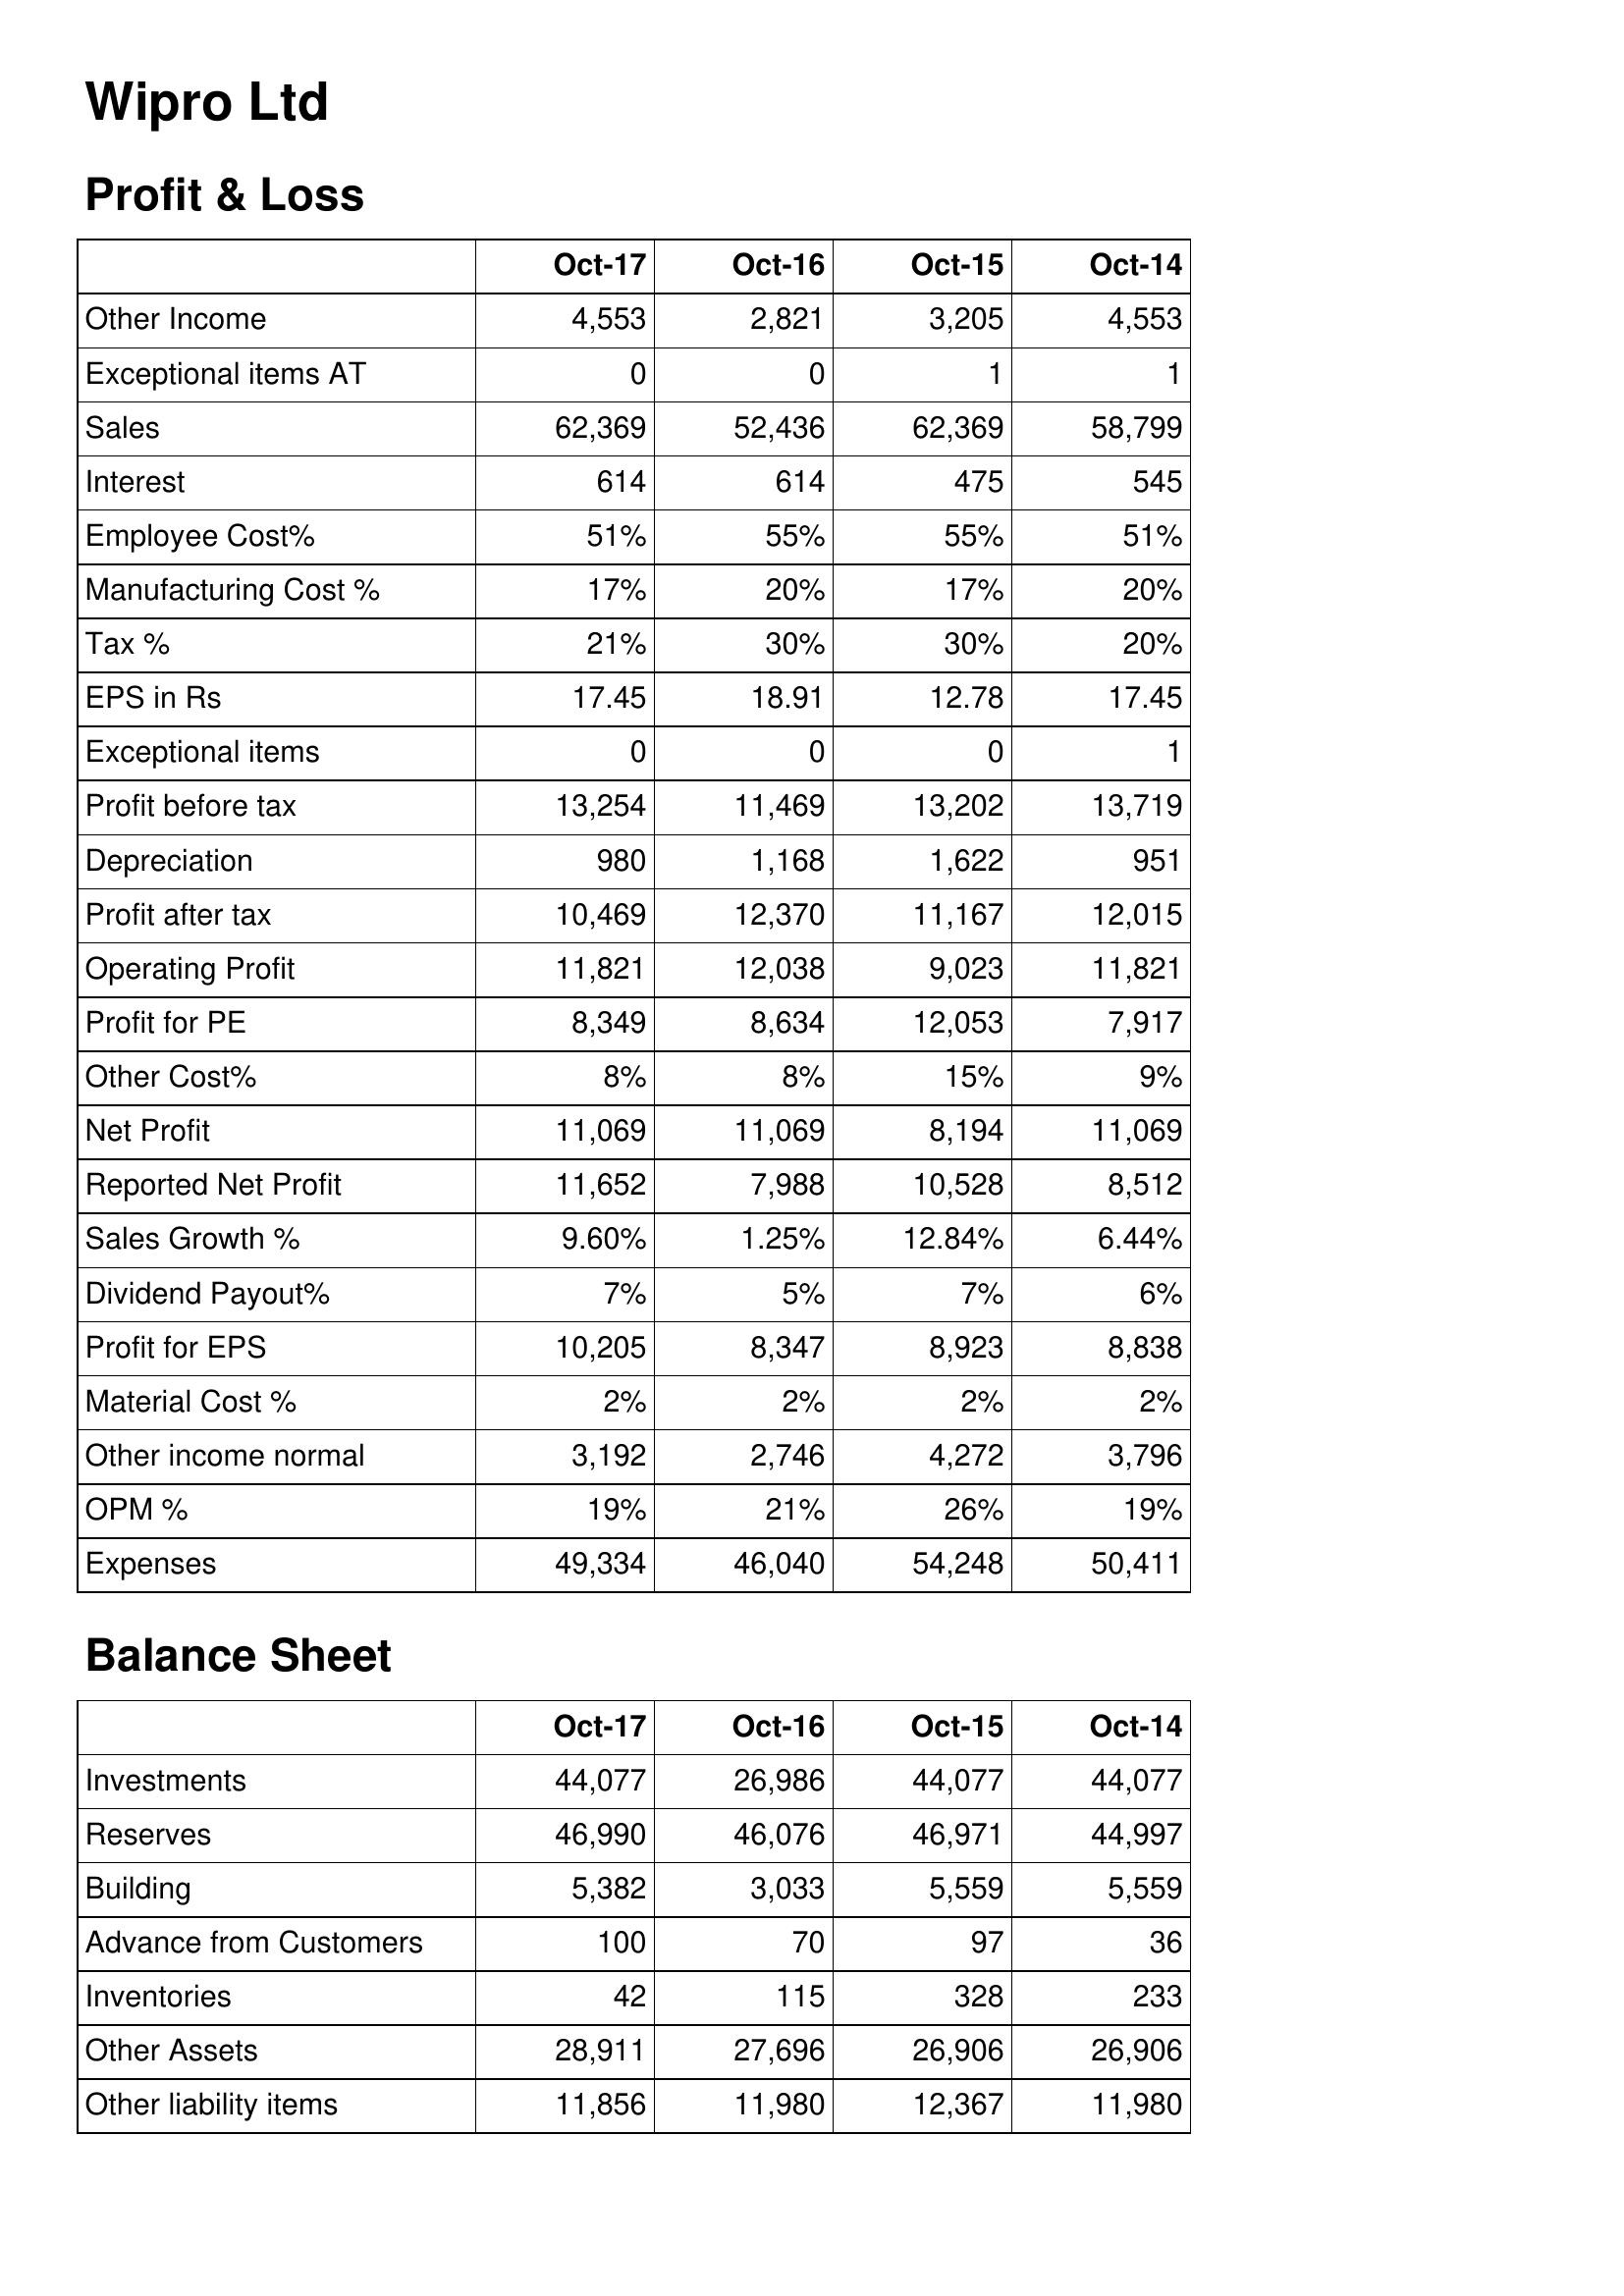
Oct-17: Profit & Loss: Other Income: 4,553
Exceptional items AT: 0
Sales: 62,369
Interest: 614
Employee Cost%: 51%
Manufacturing Cost %: 17%
Tax %: 21%
EPS in Rs: 17.45
Exceptional items: 0
Profit before tax: 13,254
Depreciation: 980
Profit after tax: 10,469
Operating Profit: 11,821
Profit for PE: 8,349
Other Cost%: 8%
Net Profit: 11,069
Reported Net Profit: 11,652
Sales Growth %: 9.60%
Dividend Payout%: 7%
Profit for EPS: 10,205
Material Cost %: 2%
Other income normal: 3,192
OPM %: 19%
Expenses: 49,334
Balance Sheet: Investments: 44,077
Reserves: 46,990
Building: 5,382
Advance from Customers: 100
Inventories: 42
Other Assets: 28,911
Other liability items: 11,856
Oct-16: Profit & Loss: Other Income: 2,821
Exceptional items AT: 0
Sales: 52,436
Interest: 614
Employee Cost%: 55%
Manufacturing Cost %: 20%
Tax %: 30%
EPS in Rs: 18.91
Exceptional items: 0
Profit before tax: 11,469
Depreciation: 1,168
Profit after tax: 12,370
Operating Profit: 12,038
Profit for PE: 8,634
Other Cost%: 8%
Net Profit: 11,069
Reported Net Profit: 7,988
Sales Growth %: 1.25%
Dividend Payout%: 5%
Profit for EPS: 8,347
Material Cost %: 2%
Other income normal: 2,746
OPM %: 21%
Expenses: 46,040
Balance Sheet: Investments: 26,986
Reserves: 46,076
Building: 3,033
Advance from Customers: 70
Inventories: 115
Other Assets: 27,696
Other liability items: 11,980
Oct-15: Profit & Loss: Other Income: 3,205
Exceptional items AT: 1
Sales: 62,369
Interest: 475
Employee Cost%: 55%
Manufacturing Cost %: 17%
Tax %: 30%
EPS in Rs: 12.78
Exceptional items: 0
Profit before tax: 13,202
Depreciation: 1,622
Profit after tax: 11,167
Operating Profit: 9,023
Profit for PE: 12,053
Other Cost%: 15%
Net Profit: 8,194
Reported Net Profit: 10,528
Sales Growth %: 12.84%
Dividend Payout%: 7%
Profit for EPS: 8,923
Material Cost %: 2%
Other income normal: 4,272
OPM %: 26%
Expenses: 54,248
Balance Sheet: Investments: 44,077
Reserves: 46,971
Building: 5,559
Advance from Customers: 97
Inventories: 328
Other Assets: 26,906
Other liability items: 12,367
Oct-14: Profit & Loss: Other Income: 4,553
Exceptional items AT: 1
Sales: 58,799
Interest: 545
Employee Cost%: 51%
Manufacturing Cost %: 20%
Tax %: 20%
EPS in Rs: 17.45
Exceptional items: 1
Profit before tax: 13,719
Depreciation: 951
Profit after tax: 12,015
Operating Profit: 11,821
Profit for PE: 7,917
Other Cost%: 9%
Net Profit: 11,069
Reported Net Profit: 8,512
Sales Growth %: 6.44%
Dividend Payout%: 6%
Profit for EPS: 8,838
Material Cost %: 2%
Other income normal: 3,796
OPM %: 19%
Expenses: 50,411
Balance Sheet: Investments: 44,077
Reserves: 44,997
Building: 5,559
Advance from Customers: 36
Inventories: 233
Other Assets: 26,906
Other liability items: 11,980